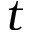
t